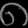
Digit: ၈